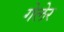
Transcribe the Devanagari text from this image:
गेलेर